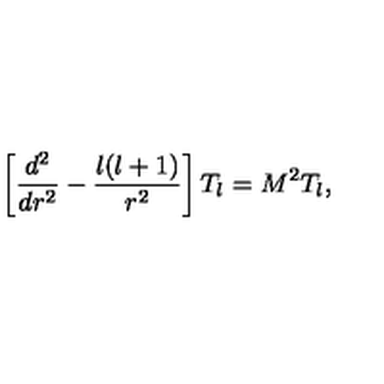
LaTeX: \left[ { \frac { d ^ { 2 } } { d r ^ { 2 } } } - { \frac { l ( l + 1 ) } { r ^ { 2 } } } \right] T _ { l } = M ^ { 2 } T _ { l } ,